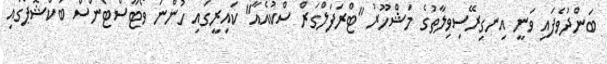
ބަންދުވެފައި ވަނީ އިނގިރޭސިވިލާތުގެ މަޝްހޫރު "ޓްރަފަލްގަރް ސްކުއެއާ" ކައިރީގައި ހުންނަ ވޯޓާސްޓޯންސް ބުކްޝޮޕްގައި